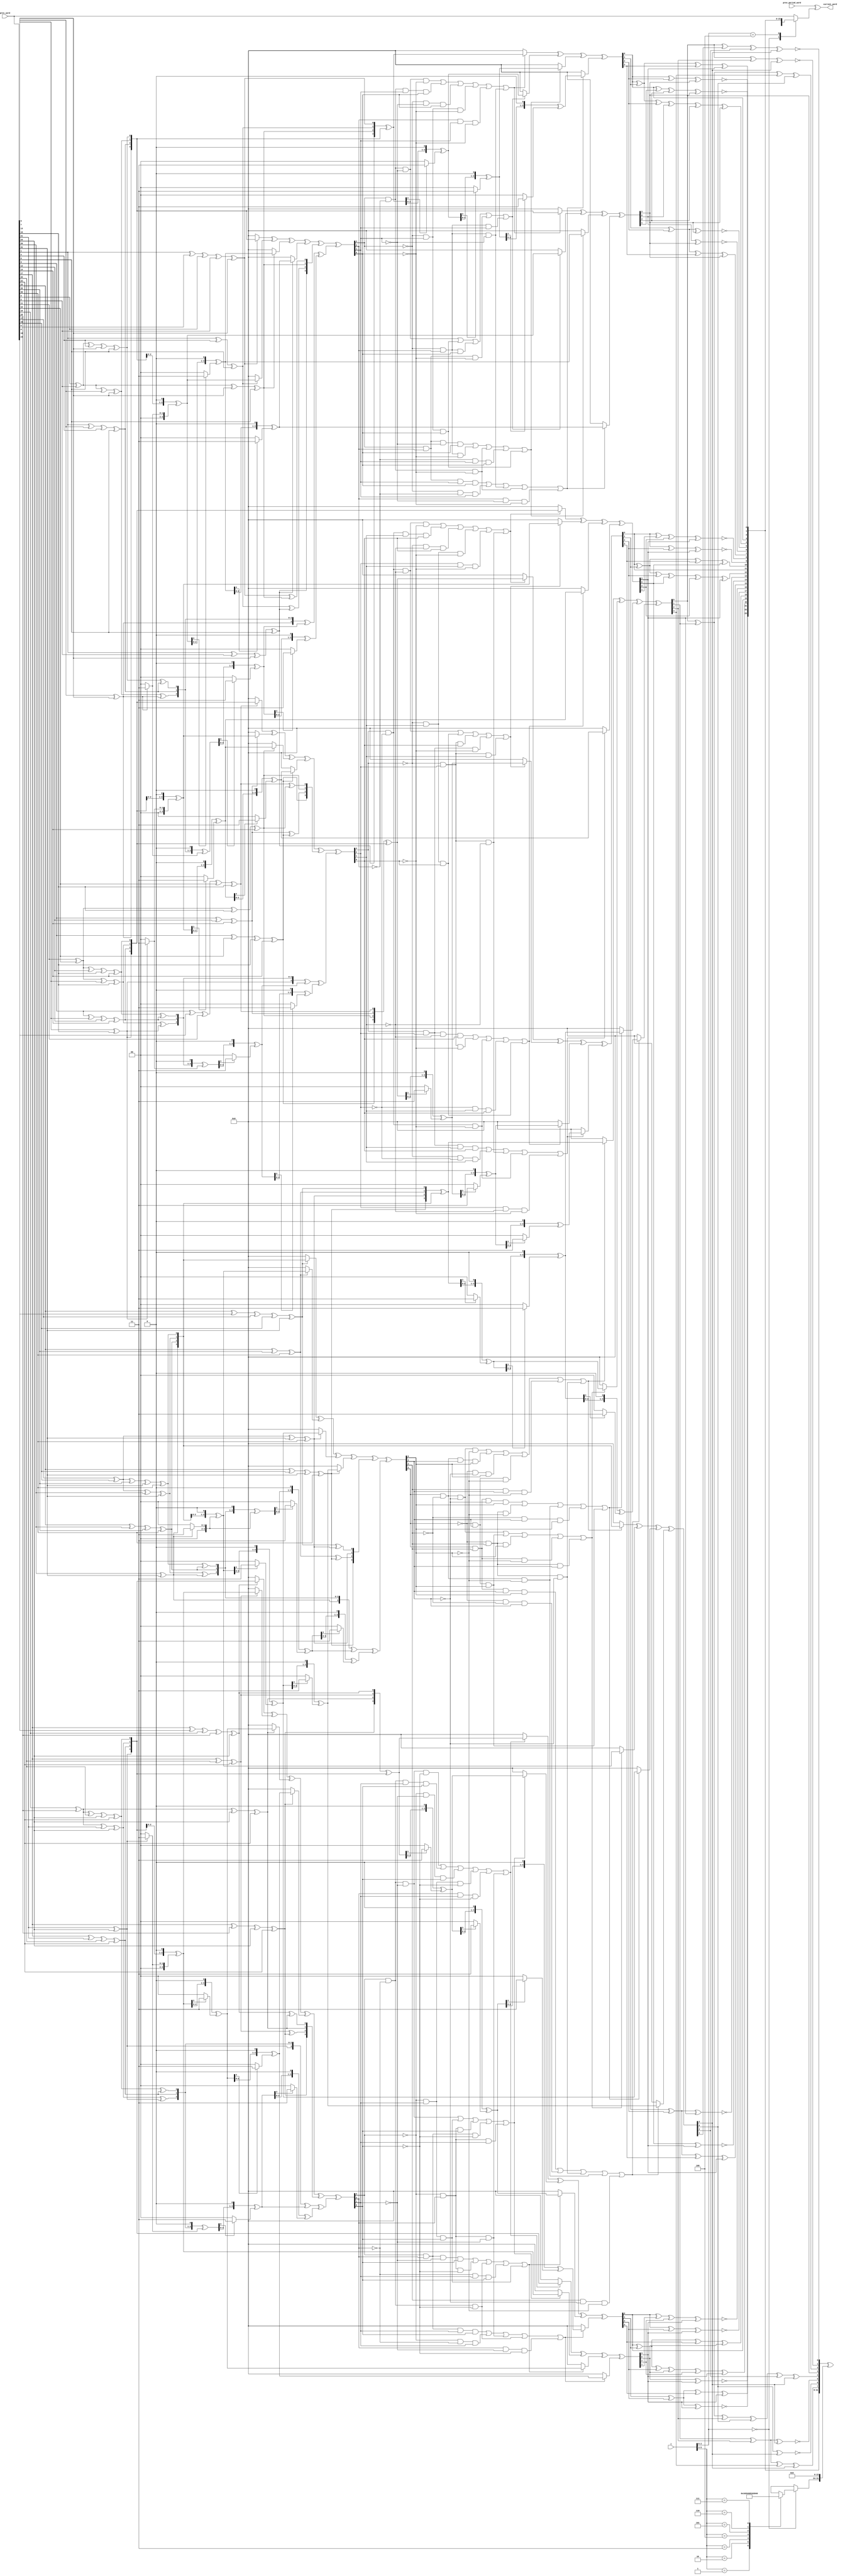
module current_word_gen_256(
    input [5:0] i,
    input [31:0] prev_word,
    input [31:0] prev_period_word,
    output [31:0] current_word
);

reg [31:0] current_word;
reg [31:0] temp;

always @(*)  
begin
    case(i[2:0])
    3'd0: temp = {sbox(prev_word[23:16]),sbox(prev_word[15:8]),sbox(prev_word[7:0]),sbox(prev_word[31:24])}^{rcon({1'b0,i[5:3]}),24'd0};
    3'd4: temp = {sbox(prev_word[31:24]),sbox(prev_word[23:16]),sbox(prev_word[15:8]),sbox(prev_word[7:0])};
    default: temp = prev_word;
    endcase
    current_word = (prev_period_word)^(temp);
end

function automatic [7:0] rcon;
    input [3:0] val;
    begin
        case(val)
        4'd1: rcon = 8'h01;
        4'd2: rcon = 8'h02;
        4'd3: rcon = 8'h04;
        4'd4: rcon = 8'h08;
        4'd5: rcon = 8'h10;
        4'd6: rcon = 8'h20;
        4'd7: rcon = 8'h40;
        4'd8: rcon = 8'h80;
        4'd9: rcon = 8'h1B;
        4'd10: rcon = 8'h36;
        default: ; 
        endcase
    end
endfunction

function automatic [7:0] sbox;
    input [7:0] in_byte;
    reg [7:0] out_iso;
    reg [3:0] g0;
    reg [3:0] g1;
    reg [3:0] g1_g0_t;
    reg [3:0] g0_sq;
    reg [3:0] g1_sq_mult_v;
    reg [3:0] inverse;
    reg [3:0] d0;
    reg [3:0] d1;
    
    begin
    out_iso = isomorph(in_byte);

    g1 = out_iso[7:4];
    g0 = out_iso[3:0];

    g1_g0_t = gf4_mul(g1, g0);
    g0_sq = gf4_sq(g0);
    g1_sq_mult_v = gf4_sq_mul_v(g1);

    inverse = gf4_inv((g1_g0_t ^ g0_sq ^ g1_sq_mult_v));

    d1 = gf4_mul(g1, inverse);
    d0 = gf4_mul((g0 ^ g1), inverse);

    sbox = inv_isomorph_and_affine({d1, d0});
    end
endfunction

function automatic [7:0] isomorph;
    input [7:0] a;
    begin
        isomorph[7] =a[5] ^ a[7];
        isomorph[6] =a[1] ^ a[5] ^ a[4] ^ a[6];
        isomorph[5] =a[3] ^ a[2] ^ a[5] ^ a[7];
        isomorph[4] =a[3] ^ a[2] ^ a[4] ^ a[7] ^ a[6];
        isomorph[3] =a[1] ^ a[2] ^ a[7] ^ a[6];
        isomorph[2] =a[3] ^ a[2] ^ a[7] ^ a[6];
        isomorph[1] =a[1] ^ a[4] ^ a[6];
        isomorph[0] =a[1] ^ a[0] ^ a[3] ^ a[2] ^ a[7];
    end
endfunction

function automatic [3:0] gf4_sq;
    input [3:0] a;
    begin
    gf4_sq[3] = a[3];
    gf4_sq[2] = a[1] ^ a[3];
    gf4_sq[1] = a[2];
    gf4_sq[0] = a[0] ^ a[2];
    end
endfunction

function automatic [3:0] gf4_sq_mul_v;
    input [3:0] a;

    reg [3:0] a_sq;

    reg [3:0] a_1;
    reg [3:0] a_2;
    reg [3:0] a_3;

    reg [3:0] p_0;
    reg [3:0] p_1;
    reg [3:0] p_2;

    begin
    a_sq[3] = a[3];
    a_sq[2] = a[1] ^ a[3];
    a_sq[1] = a[2];
    a_sq[0] = a[0] ^ a[2];

    p_0 = a_sq;
    a_1 = {a_sq[2:0], 1'b0} ^ ((a_sq[3])? 4'b0011 : 4'b0);

    p_1 = p_0;
    a_2 = {a_1[2:0], 1'b0} ^ ((a_1[3])? 4'b0011 : 4'b0);

    p_2 = p_1 ^ a_2;
    a_3 = {a_2[2:0], 1'b0} ^ ((a_2[3])? 4'b0011 : 4'b0);

    gf4_sq_mul_v = p_2 ^ a_3;
    end
endfunction

function automatic [3:0] gf4_mul;
    input [3:0] a;
    input [3:0] b;
    reg [3:0] a_1;
    reg [3:0] a_2;
    reg [3:0] a_3;

    reg [3:0] p_0;
    reg [3:0] p_1;
    reg [3:0] p_2;
    begin
    p_0 = (b[0])? a : 4'b0;
    a_1 = {a[2:0], 1'b0} ^ ((a[3])? 4'b0011 : 4'b0);

    p_1 = p_0 ^ ((b[1])? a_1 : 4'b0);
    a_2 = {a_1[2:0], 1'b0} ^ ((a_1[3])? 4'b0011 : 4'b0);

    p_2 = p_1 ^ ((b[2])? a_2 : 4'b0);
    a_3 = {a_2[2:0], 1'b0} ^ ((a_2[3])? 4'b0011 : 4'b0);

    gf4_mul = p_2 ^ ((b[3])? a_3 : 4'b0);
    end
endfunction

function automatic [3:0] gf4_inv;
    input [3:0] a;
    begin
    gf4_inv[3] = (a[3] & a[2] & a[1] & a[0]) | (~a[3] & ~a[2] & a[1]) | (~a[3] & a[2] & ~a[1]) | (a[3] & ~a[2] & ~a[0]) | (a[2] & ~a[1] & ~a[0]);
    gf4_inv[2] = (a[3] & a[2] & ~a[1] & a[0]) | (~a[3] & a[2] & ~a[0]) | (a[3] & ~a[2] & ~a[0]) | (~a[2] & a[1] & a[0]) | (~a[3] & a[1] & a[0]);
    gf4_inv[1] =  (a[3] & ~a[2] & ~a[1]) | (~a[3] & a[1] & a[0]) | (~a[3] & a[2] & a[0]) | (a[3] & a[2] & ~a[0]) | (~a[3] & a[2] & a[1]);
    gf4_inv[0] = (a[3] & ~a[2] & ~a[1] & ~a[0]) | (a[3] & ~a[2] & a[1] & a[0]) | (~a[3] & ~a[1] & a[0]) | (~a[3] & a[1] & ~a[0]) | (a[2] & a[1] & ~a[0]) | (~a[3] & a[2] & ~a[1]);
    end
endfunction

function automatic [7:0] inv_isomorph_and_affine;
    input [7:0] delta;
    begin
    inv_isomorph_and_affine[7] = delta[1] ^ delta[2] ^ delta[3] ^ delta[7];
    inv_isomorph_and_affine[6] = ~(delta[4] ^ delta[7]);
    inv_isomorph_and_affine[5] = ~(delta[1] ^ delta[2] ^ delta[7]);
    inv_isomorph_and_affine[4] = delta[0] ^ delta[1] ^ delta[2] ^ delta[4] ^ delta[6] ^ delta[7];
    inv_isomorph_and_affine[3] = delta[0];
    inv_isomorph_and_affine[2] = delta[0] ^ delta[1] ^ delta[3] ^ delta[4];
    inv_isomorph_and_affine[1] = ~(delta[0] ^ delta[2] ^ delta[7]);
    inv_isomorph_and_affine[0] = ~(delta[0] ^ delta[5] ^ delta[6] ^ delta[7]);
    end
endfunction

endmodule